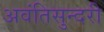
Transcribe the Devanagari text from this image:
अवंतिसुन्दरी